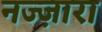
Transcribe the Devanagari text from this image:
नज्ज़ारा